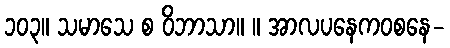
၁၀၃။ သမာသေ စ ဝိဘာသာ။ ။ အာလပနေကဝစနေ-